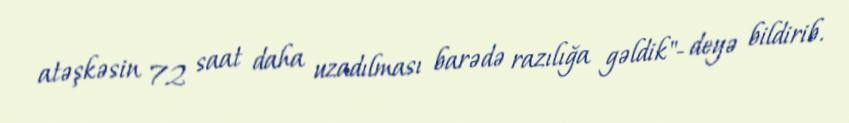
atəşkəsin 72 saat daha uzadılması barədə razılığa gəldik"- deyə bildirib.